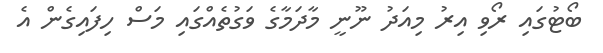
ބޯޓުގައި ރޯވި އިރު މިއަދު ނޫނީ މާދަމާގެ ވަގުތެއްގައި މަސް ހިފައިގެން އެ